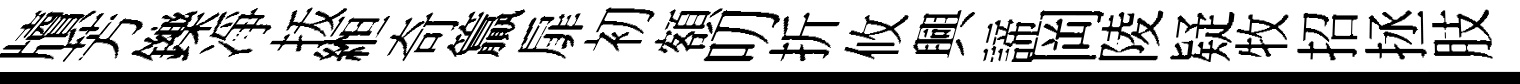
牘芳鑠凈㧞縆奇籯扉初額叨折攸興諦岡陵疑牧招拯肢